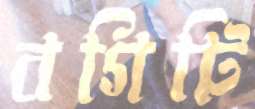
বগিটি